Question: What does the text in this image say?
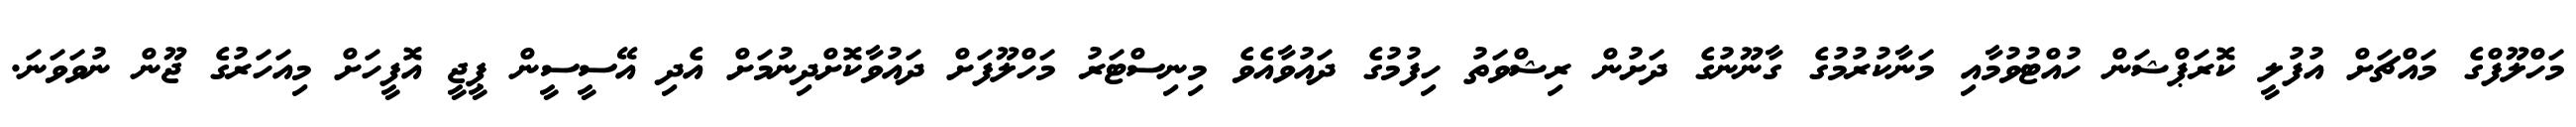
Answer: މަހްލޫފްގެ މައްޗަށް އުފުލީ ކޮރަޕްޝަން ހުއްޓުވުމާއި މަނާކުރުމުގެ ގާނޫނުގެ ދަށުން ރިޝްވަތު ހިފުމުގެ ދައުވާއެވެ މިނިސްޓަރު މަހްލޫފަށް ދައުވާކޮށްދިނުމަށް އެދި އޭސީސީން ޕީޖީ އޮފީހަށް މިއަހަރުގެ ޖޫން ނުވަވަނަ.